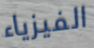
الفيزياء